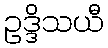
ဥဒ္ဒိသယီ